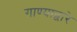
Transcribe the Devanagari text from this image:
गाण्याद्वारे